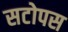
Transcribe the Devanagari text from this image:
सटोपस